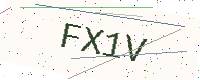
Text: FX1V